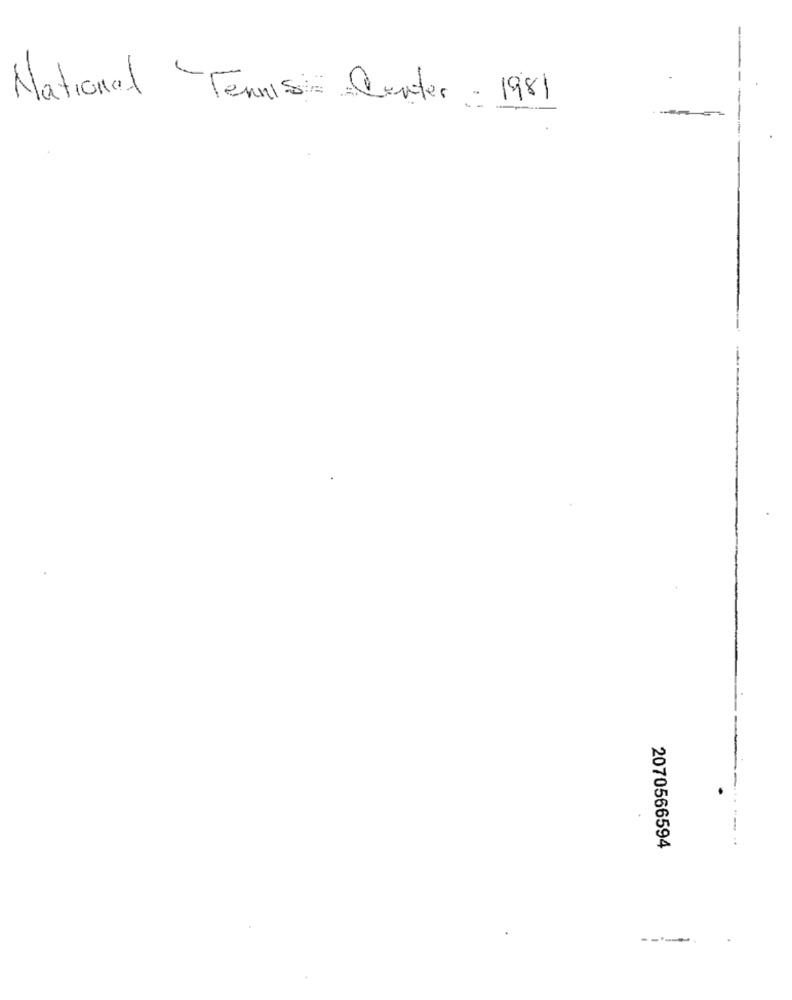
National Tennis Center - 1981
2070566594